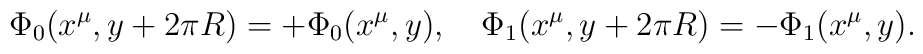
\Phi_0(x^{\mu},y+2\pi R) = +\Phi_0(x^{\mu},y), \quad\Phi_1(x^{\mu},y+2\pi R) = -\Phi_1(x^{\mu},y).